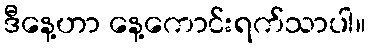
ဒီနေ့ဟာ နေ့ကောင်းရက်သာပါ။